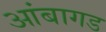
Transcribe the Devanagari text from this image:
आंबागड